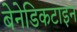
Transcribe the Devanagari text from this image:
बेनेडिकटाइन